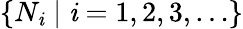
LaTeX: \{ N_{\mathit{i}}\mid\mathit{i}=1,2,3,\ldots\}